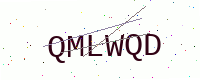
Text: QMLWQD